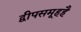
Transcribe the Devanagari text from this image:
द्वीपसमूहहै